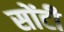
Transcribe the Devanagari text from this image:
सोंटी